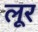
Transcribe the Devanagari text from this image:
लूर